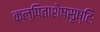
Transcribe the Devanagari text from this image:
कल्पिताशेषसृष्टिः